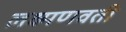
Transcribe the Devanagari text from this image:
लक्ष्मणवती